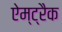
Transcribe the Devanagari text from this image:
ऐम्ट्रैक